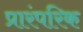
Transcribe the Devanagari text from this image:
प्रारंपरिक